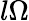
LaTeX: l\Omega